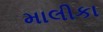
માલીકા